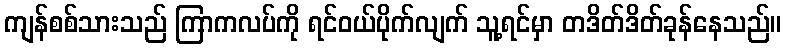
ကျန်စစ်သားသည် ကြာကလပ်ကို ရင်ဝယ်ပိုက်လျက် သူ့ရင်မှာ တဒိတ်ဒိတ်ခုန်နေသည်။